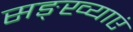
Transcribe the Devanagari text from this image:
सङ्ख्याएं